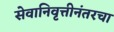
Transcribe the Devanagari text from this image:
सेवानिवृत्तीनंतरचा